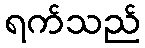
ရက်သည်